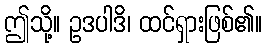
ဤသို့။ ဥဒပါဒိ၊ ထင်ရှားဖြစ်၏။